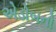
એડોબનો